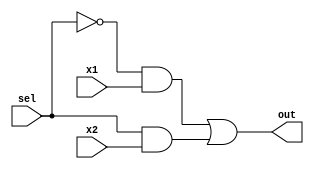
`timescale 1ns / 1ps
//////////////////////////////////////////////////////////////////////////////////
// Company: 
// Engineer: 
// 
// Design Name: 
// Module Name: BarrelDivider
// Project Name: 
// Target Devices: 
// Tool Versions: 
// Description: 
// 
// Dependencies: 
// 
// Revision:
// Revision 0.01 - File Created
// Additional Comments:
// 
//////////////////////////////////////////////////////////////////////////////////

module Mul2 ( //2bit
    input  x1,
    input  x2,
    input  sel,
    output out 
    );  
    assign out = (~sel & x1) | (sel & x2);
endmodule

module Mul4( //4bit
    input [3:0] x,
    input [1:0] sel,
    output out1
    );
    wire t1, t2;
    Mul2 m1 (x[0], x[1], sel[0], t1);
    Mul2 m2 (x[2], x[3], sel[0], t2);
    Mul2 main (t1, t2, sel[1], out1);
endmodule

module Mul8( //8bit
    input [7:0] x,
    input [2:0] sel,
    output out1
    );
    wire t1, t2;
    Mul4 m1 (x[3:0], sel[1:0], t1);
    Mul4 m2 (x[7:4], sel[1:0], t2);
    Mul2 main(t1, t2, sel[2], out1);
endmodule

// 8 bit barrel divider U2
module BarrelDivider(
    input clk,
    input [7:0] in,
    input [2:0] shift_n,
    output [7:0] out
    );
    
    reg [2:0] s_n;
    always @(posedge clk)
        s_n <= shift_n;
        
    Mul8 b0 ({in[7], in[6], in[5], in[4], in[3], in[2], in[1], in[0]} , s_n, out[0]);
    Mul8 b1 ({in[7], in[7], in[6], in[5], in[4], in[3], in[2], in[1]} , s_n, out[1]);
    Mul8 b2 ({in[7], in[7], in[7], in[6], in[5], in[4], in[3], in[2]} , s_n, out[2]);
    Mul8 b3 ({in[7], in[7], in[7], in[7], in[6], in[5], in[4], in[3]} , s_n, out[3]);
    Mul8 b4 ({in[7], in[7], in[7], in[7], in[7], in[6], in[5], in[4]} , s_n, out[4]);
    Mul8 b5 ({in[7], in[7], in[7], in[7], in[7], in[7], in[6], in[5]} , s_n, out[5]);
    Mul8 b6 ({in[7], in[7], in[7], in[7], in[7], in[7], in[7], in[6]} , s_n, out[6]);
    Mul8 b7 ({in[7], in[7], in[7], in[7], in[7], in[7], in[7], in[7]} , s_n, out[7]);
endmodule